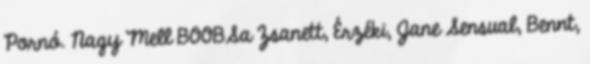
Pornó. Nagy Mell BOOBSa Zsanett, Érzéki, Jane Sensual, Bennt,